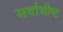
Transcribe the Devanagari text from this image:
सर्वाभीष्ट